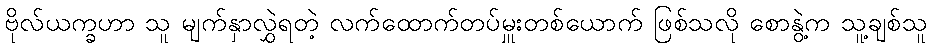
ဗိုလ်ယက္ခဟာ သူ မျက်နှာလွှဲရတဲ့ လက်ထောက်တပ်မှူးတစ်ယောက် ဖြစ်သလို စောနွဲ့က သူ့ချစ်သူ